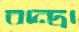
বান্দ্রা